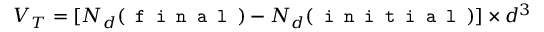
V _ { T } = [ N _ { d } ( \texttt { f i n a l } ) - N _ { d } ( \texttt { i n i t i a l } ) ] \times d ^ { 3 }